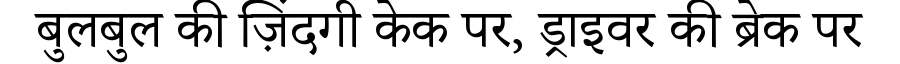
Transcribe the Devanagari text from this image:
बुलबुल की ज़िंदगी केक पर, ड्राइवर की ब्रेक पर